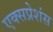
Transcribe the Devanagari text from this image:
एक्सप्रेशंस